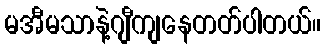
မအီမသာနဲ့ဂျီကျနေတတ်ပါတယ်။